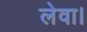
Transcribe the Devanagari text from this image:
लेवा।